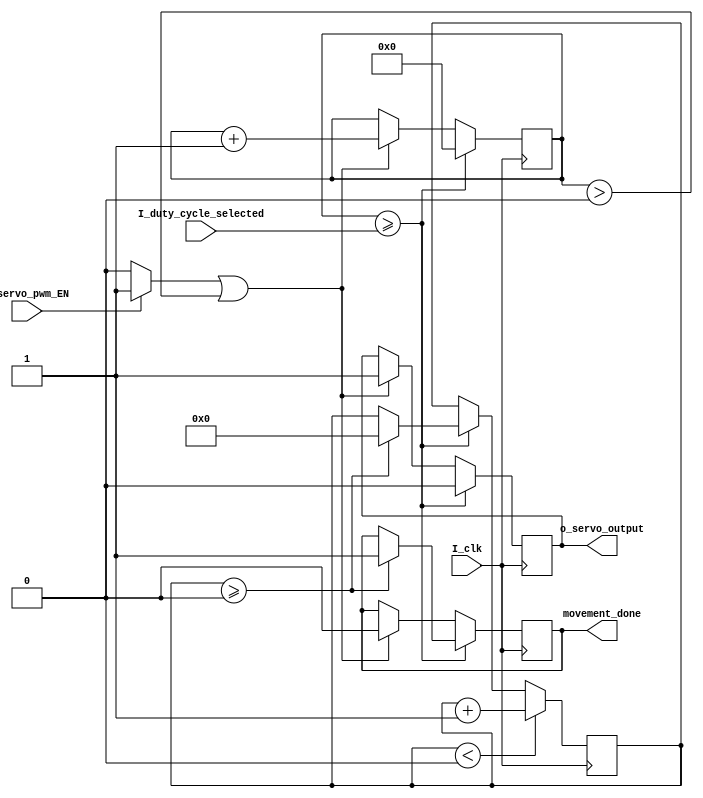
`timescale 1ns / 1ps
//////////////////////////////////////////////////////////////////////////////////
// Company: 
// Engineer: 
// 
// Design Name: 
// Module Name: motor_logic
// Project Name: 
// Target Devices: 
// Tool Versions: 
// Description: 
// 
// Dependencies: 
// 
// Revision:
// Revision 0.01 - File Created
// Additional Comments:
// 
//////////////////////////////////////////////////////////////////////////////////
module motor_logic #(parameter count_limit = 0)
(
    input       I_servo_pwm_EN,
    input [2:0] I_duty_cycle_selected,
    input       I_clk,
    output reg  o_servo_output = 0,
    output      movement_done
);

//----------------------------------------------------

reg [8:0]  counter_pwm              = 0;
reg [13:0] counter_continous_signal = 0;
reg        movement_done_reg        = 0;
wire       counter_trigger;

//----------------------------------------------------

assign counter_trigger = (I_servo_pwm_EN)? 1 : 0;
assign movement_done   = movement_done_reg;

//----------------------------------------------------
always@(posedge I_clk)
begin

    if(counter_pwm >= I_duty_cycle_selected)
    begin

      counter_pwm          <= 0;
      o_servo_output       <= 0;

           if(counter_continous_signal >= count_limit)
           begin

                movement_done_reg         <= 1;
                counter_continous_signal  <= 0;

           end

      end

    else if (counter_trigger == 1 || counter_pwm > 0 )
    begin

      movement_done_reg    <= 0;
      counter_pwm          <= counter_pwm+1;
      o_servo_output       <= 1;

      end

    if(counter_continous_signal < count_limit)
    begin

    counter_continous_signal <= counter_continous_signal+1;

    end
end
//----------------------------------------------------
endmodule